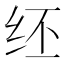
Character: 𫄞